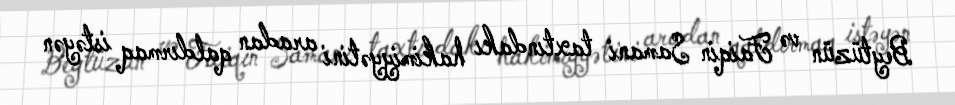
Beytüzün və Faiqin Samani taxtındakı hakimiyyətini aradan qaldırmaq istəyən